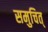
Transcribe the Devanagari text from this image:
समुचित्‌